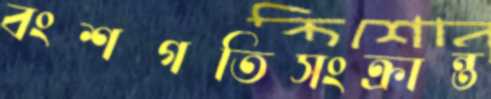
বংশগতিসংক্রান্ত